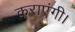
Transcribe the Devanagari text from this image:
कराएंगी।